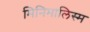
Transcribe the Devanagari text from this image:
मिनिमालिस्म